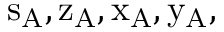
\mathrm { s _ { A } , z _ { A } , x _ { A } , y _ { A } , }